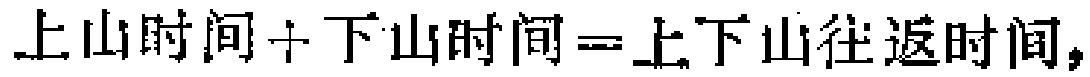
上山时间+下山时间=上下山往返时间，